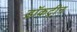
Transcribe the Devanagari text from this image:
डॉकट्रीन